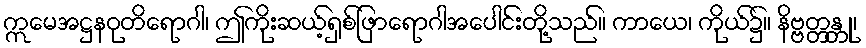
ဣမေအဋ္ဌနဝုတိရောဂါ၊ ဤကိုးဆယ့်ရှစ်ဖြာရောဂါအပေါင်းတို့သည်။ ကာယေ၊ ကိုယ်၌။ နိဗ္ဗတ္တန္တု၊